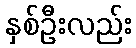
နှစ်ဦးလည်း